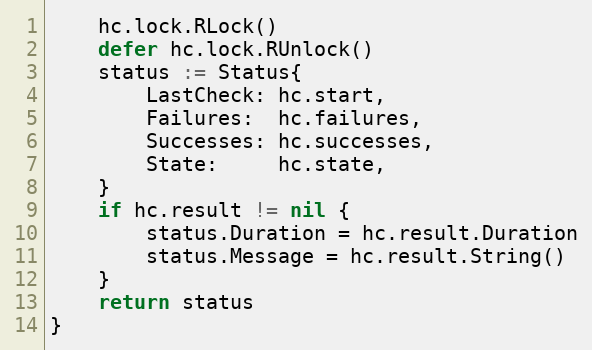
Language: Go
	hc.lock.RLock()
	defer hc.lock.RUnlock()
	status := Status{
		LastCheck: hc.start,
		Failures:  hc.failures,
		Successes: hc.successes,
		State:     hc.state,
	}
	if hc.result != nil {
		status.Duration = hc.result.Duration
		status.Message = hc.result.String()
	}
	return status
}